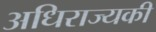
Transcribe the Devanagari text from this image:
अधिराज्यकी